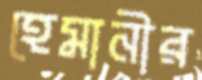
হেমানীর